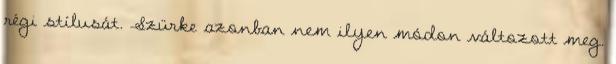
régi stílusát. Szürke azonban nem ilyen módon változott meg.